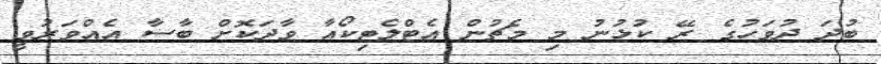
ބުދަ ދުވަހުގެ ރޭ ކުޅުނު މި މެޗުން އެޓްލެޓިކޯއާ ވާދަކޮށް ބާސާ އެއްވަރުވީ